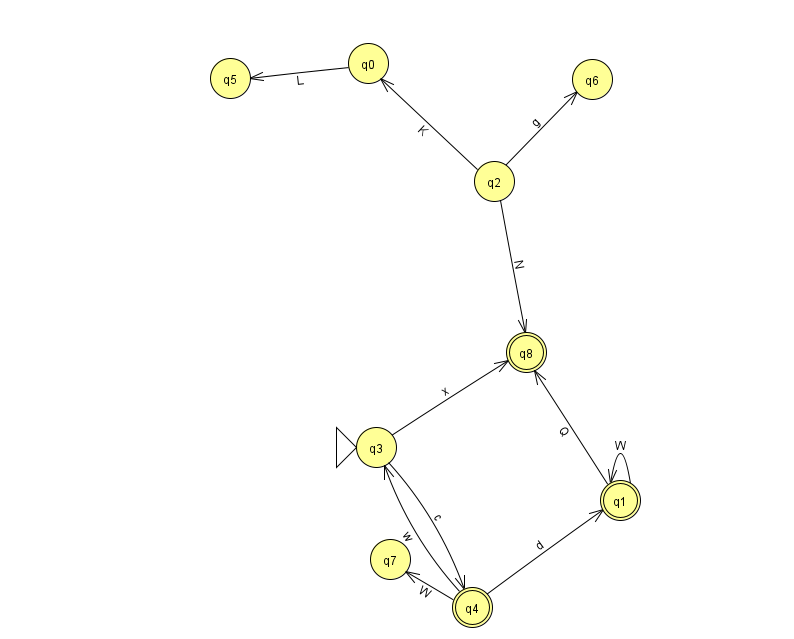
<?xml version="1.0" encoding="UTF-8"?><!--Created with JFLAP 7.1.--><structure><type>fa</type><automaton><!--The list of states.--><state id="0" name="q0"><x>368.0</x><y>50.0</y></state><state id="1" name="q1"><x>620.0</x><y>487.0</y><final/></state><state id="2" name="q2"><x>494.0</x><y>168.0</y></state><state id="3" name="q3"><x>376.0</x><y>434.0</y><initial/></state><state id="4" name="q4"><x>472.0</x><y>594.0</y><final/></state><state id="5" name="q5"><x>230.0</x><y>65.0</y></state><state id="6" name="q6"><x>592.0</x><y>66.0</y></state><state id="7" name="q7"><x>390.0</x><y>546.0</y></state><state id="8" name="q8"><x>526.0</x><y>339.0</y><final/></state><!--The list of transitions.--><transition><from>1</from><to>8</to><read>Q</read></transition><transition><from>2</from><to>8</to><read>N</read></transition><transition><from>4</from><to>1</to><read>d</read></transition><transition><from>3</from><to>8</to><read>x</read></transition><transition><from>1</from><to>1</to><read>W</read></transition><transition><from>2</from><to>6</to><read>g</read></transition><transition><from>3</from><to>4</to><read>c</read></transition><transition><from>4</from><to>3</to><read>w</read></transition><transition><from>4</from><to>7</to><read>W</read></transition><transition><from>0</from><to>5</to><read>L</read></transition><transition><from>2</from><to>0</to><read>K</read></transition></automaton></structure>